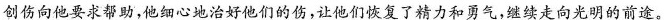
创伤向他要求帮助，他细心地治好他们的伤，让他们恢复了精力和勇气，继续走向光明的前途。